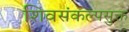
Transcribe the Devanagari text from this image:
शिवसंकल्पसुक्त